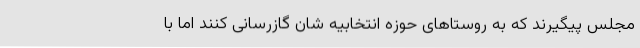
مجلس پیگیرند که به روستاهای حوزه انتخابیه شان گازرسانی کنند اما با